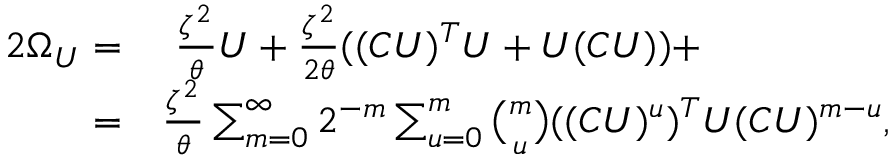
\begin{array} { r l } { 2 \Omega _ { U } = } & { { } \ \frac { \zeta ^ { 2 } } { \theta } U + \frac { \zeta ^ { 2 } } { 2 \theta } ( ( C U ) ^ { T } U + U ( C U ) ) + } \\ { = } & { { } \frac { \zeta ^ { 2 } } { \theta } \sum _ { m = 0 } ^ { \infty } { 2 ^ { - m } \sum _ { u = 0 } ^ { m } { \binom { m } { u } ( ( C U ) ^ { u } ) ^ { T } U ( C U ) ^ { m - u } } } , } \end{array}